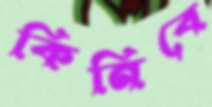
কিনিবে